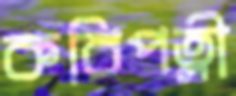
কবিপত্নী